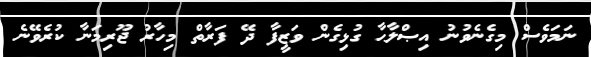
ނަމަވެސް މިގެނެވުނު އިޞްލާޙާ ގުޅިގެން ވަޒީފާ ދޭ ފަރާތް މިހާރު ޖޫރިމަނާ ކުރެވޭނެ